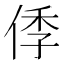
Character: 㑧